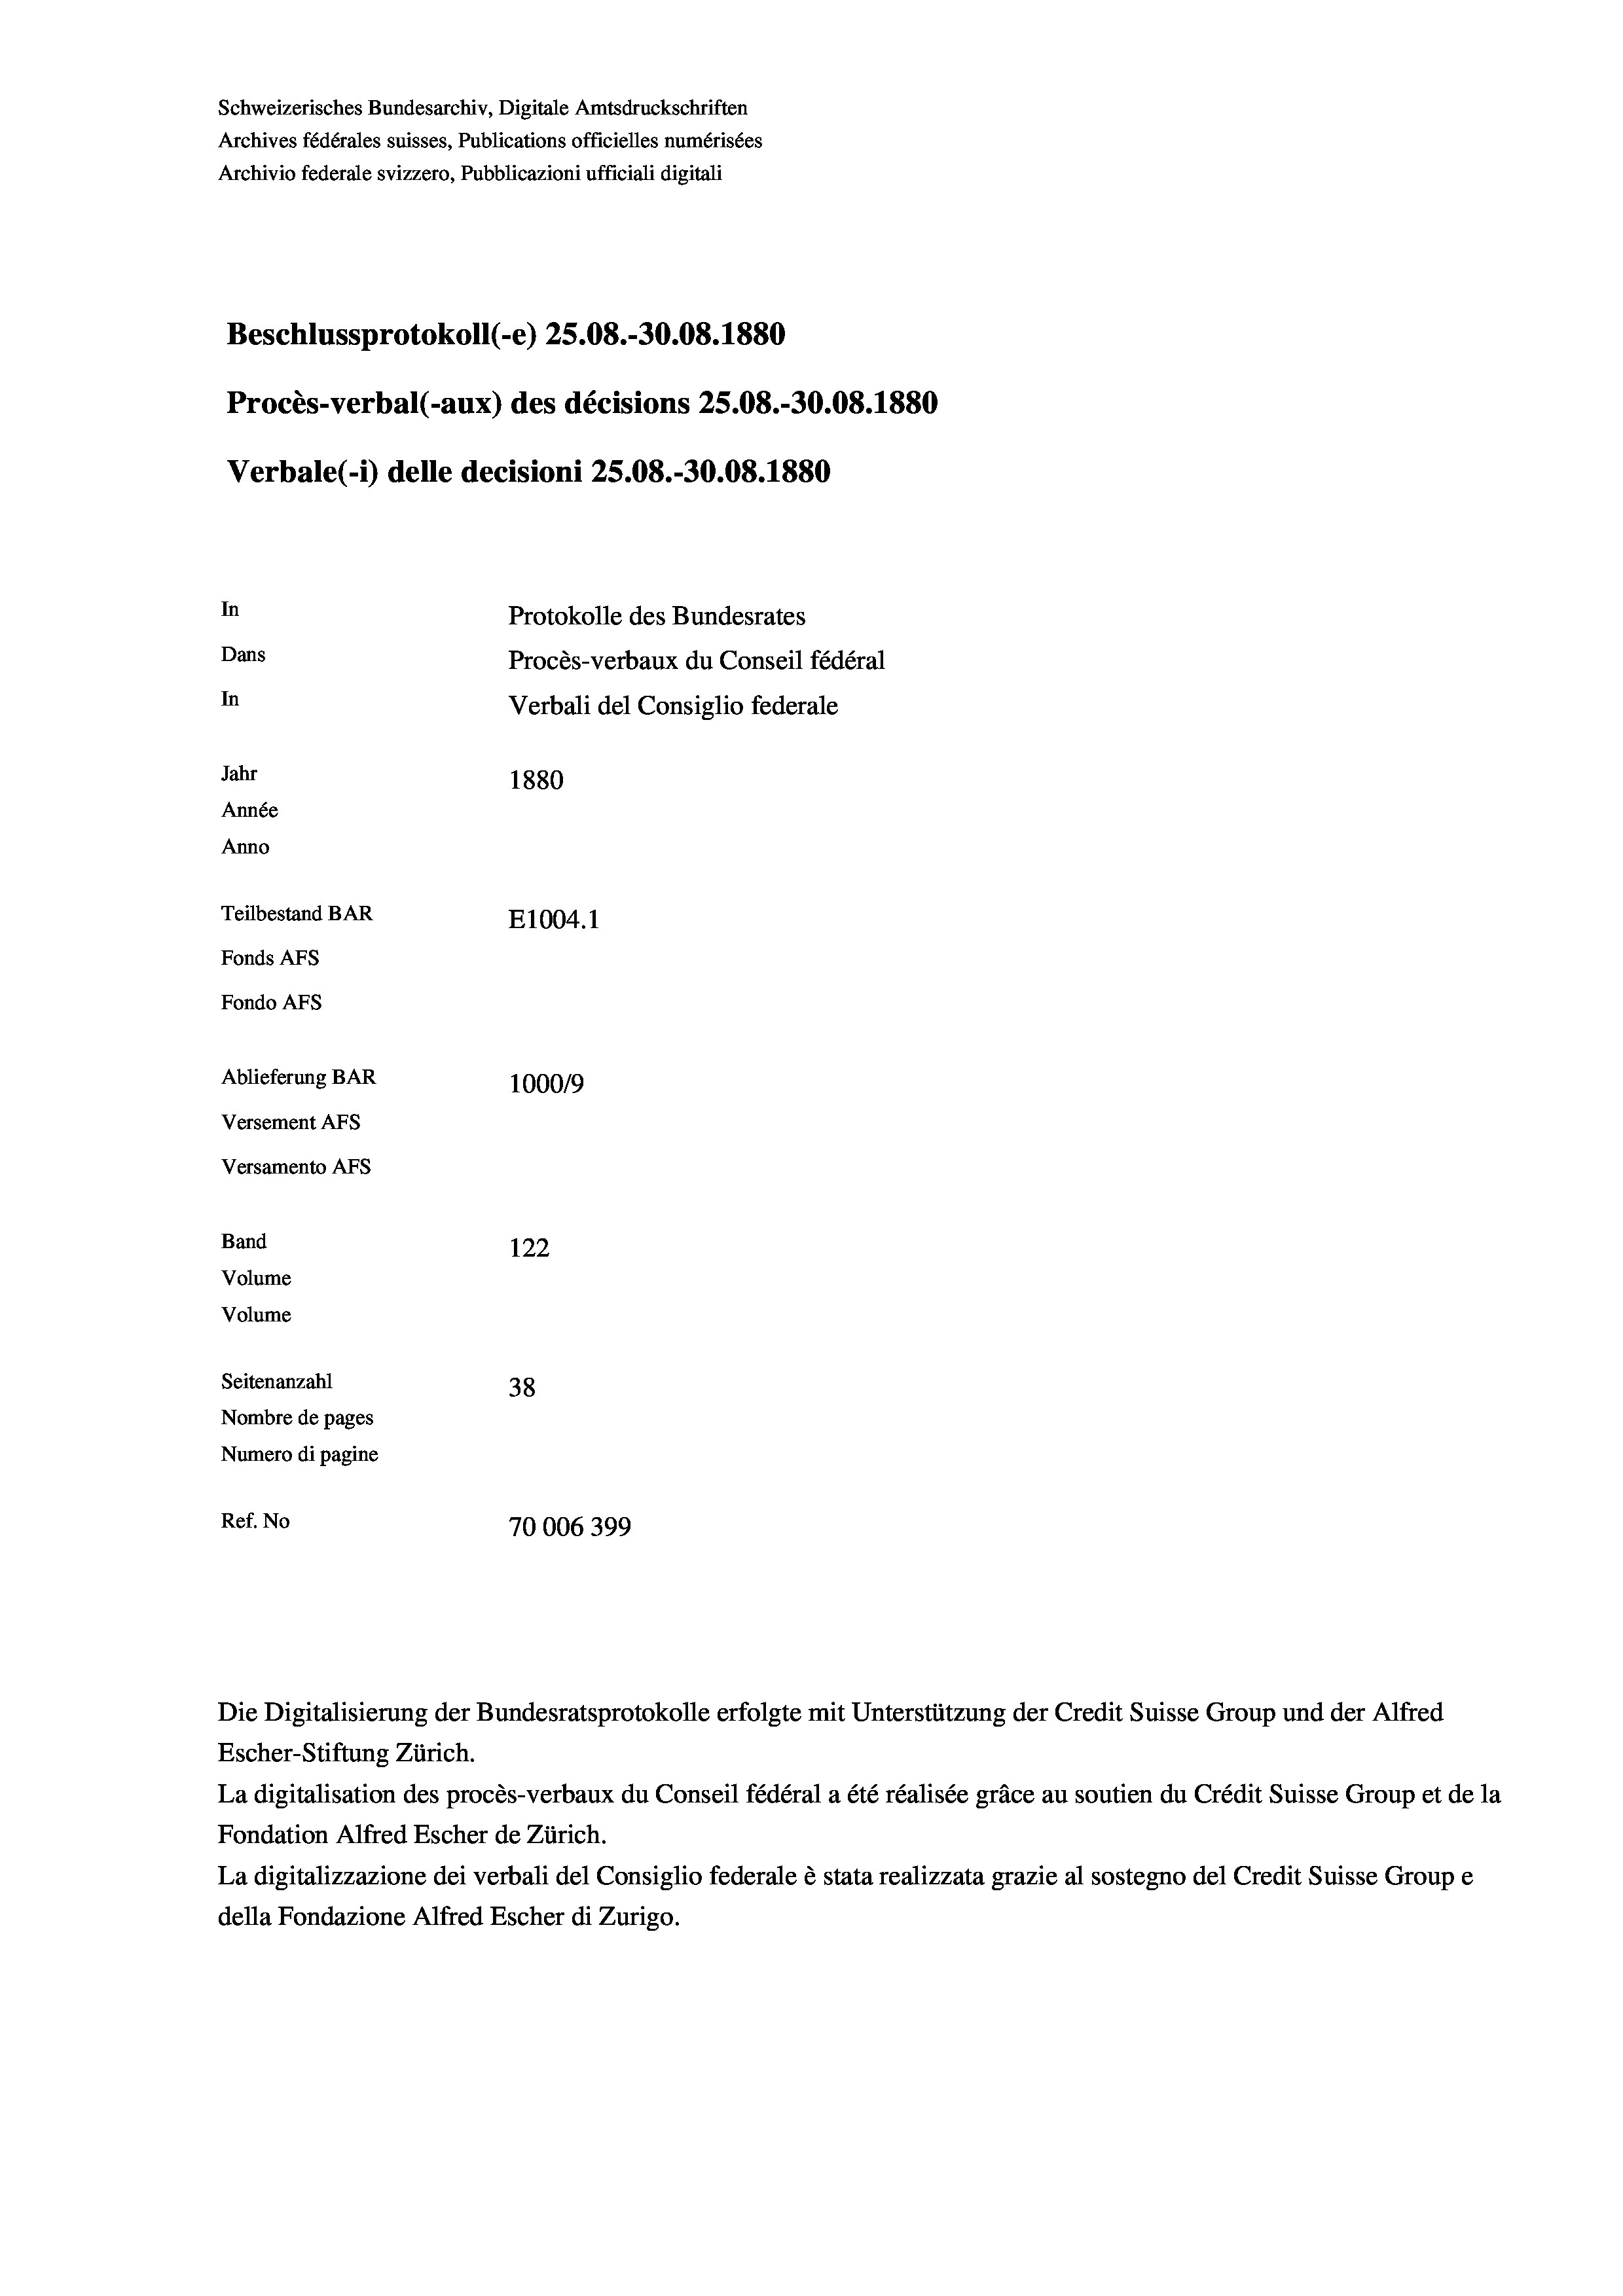
Schweizerisches Bundesarchiv, Digitale Amtsdruckschriften
Archives fédérales suisses, Publications officielles numérisées
Archivio federale svizzero, Pubblicazioni ufficiali digitali
Beschlussprotokoll (-e) 25.08.-30.08. 1880
Procès-verbal (-aux) des décisions 25.08.-30.08. 1880
Verbale(-*) delle decisioni 25.08.-30.08. 1880
In
Protokolle des Bundesrates
Dans
Procès-verbaux du Conseil fédéral
In
Verbali del Consiglio federale
Jahr
1880
Année
Anno
Teilbestand BAR
E1004.1
Fonds AFs
Fondo AFS
Ablieferung BAR
100019
Versement AFs
Versamento AFs
Band
122
Volume
Volume
Seitenanzahl
38
Nombre de pages
Numero di pagine
Ref. No
70006399

Escher-Stiftung Zürich.
La digitalisation des procès-verbaux du Conseil fédéral a été réalisée gräce au soutien du Crédit Suisse Group et de la
Fondation Alfred Escher de Zürich.
La digitalizzazione dei verbali del Consiglio federale è stata realizzata grazie al sostegno del Credit Suisse Groupe
della Fondazione Alfred Escher di Zurigo.

Die Digitalisierung der Bundesratsprotokolle erfolgte mit Unterstützung der Credit Suisse Group und der Alfred